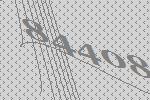
84408